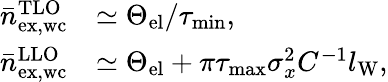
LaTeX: \begin{array}{rl}{\bar{n}_{\mathrm{ex,wc}}^{\mathrm{TLO}}}&{\simeq\Theta_{\mathrm{el}}/\tau_{\mathrm{min}},}\\ {\bar{n}_{\mathrm{ex,wc}}^{\mathrm{LLO}}}&{\simeq\Theta_{\mathrm{el}}+\pi\tau_{\mathrm{max}}\sigma_{x}^{2}C^{-1}l_{\mathrm{W}},}\end{array}